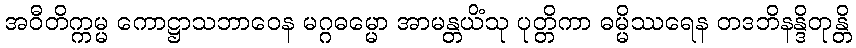
အဝီတိက္ကမ္မ ကောဋ္ဌာသဘာဝေန မဂ္ဂဓမ္မော အာမန္တယိံသု ပုတ္တိကာ ဓမ္မိဿရေန တဒဘိနန္ဒိတုန္တိ